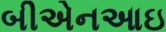
બીએનઆઇ